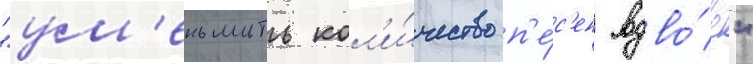
"ум'еньшить кол'и́чество п'е́с'ен вдво́е"